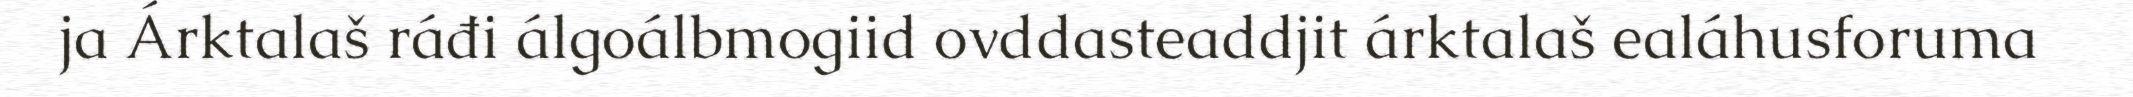
ja Árktalaš ráđi álgoálbmogiid ovddasteaddjit árktalaš ealáhusforuma